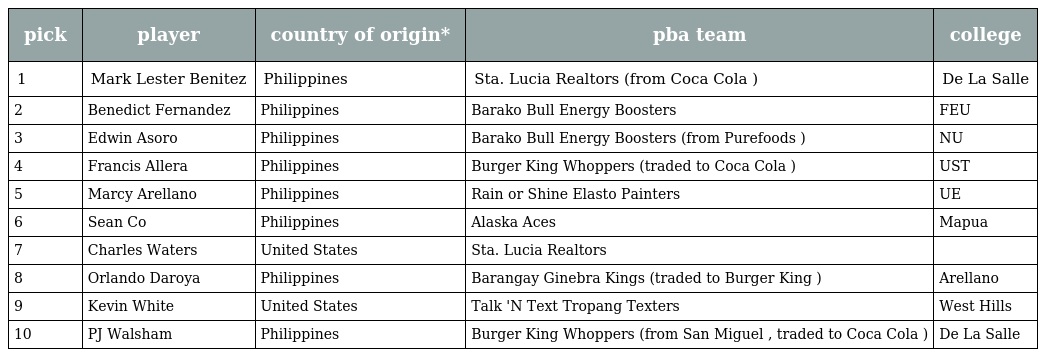
| pick | player | country of origin* | pba team | college |
 | --- | --- | --- | --- | --- |
 | 1 | Mark Lester Benitez | Philippines | Sta. Lucia Realtors (from Coca Cola ) | De La Salle |
 | 2 | Benedict Fernandez | Philippines | Barako Bull Energy Boosters | FEU |
 | 3 | Edwin Asoro | Philippines | Barako Bull Energy Boosters (from Purefoods ) | NU |
 | 4 | Francis Allera | Philippines | Burger King Whoppers (traded to Coca Cola ) | UST |
 | 5 | Marcy Arellano | Philippines | Rain or Shine Elasto Painters | UE |
 | 6 | Sean Co | Philippines | Alaska Aces | Mapua |
 | 7 | Charles Waters | United States | Sta. Lucia Realtors |  |
 | 8 | Orlando Daroya | Philippines | Barangay Ginebra Kings (traded to Burger King ) | Arellano |
 | 9 | Kevin White | United States | Talk 'N Text Tropang Texters | West Hills |
 | 10 | PJ Walsham | Philippines | Burger King Whoppers (from San Miguel , traded to Coca Cola ) | De La Salle |